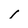
Character: I